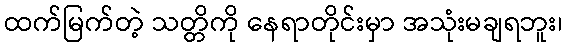
ထက်မြက်တဲ့ သတ္တိကို နေရာတိုင်းမှာ အသုံးမချရဘူး၊